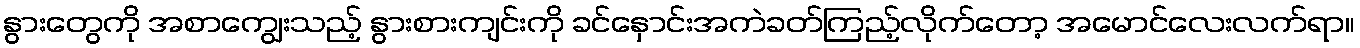
နွားတွေကို အစာကျွေးသည့် နွားစားကျင်းကို ခင်နှောင်းအကဲခတ်ကြည့်လိုက်တော့ အမောင်လေးလက်ရာ။